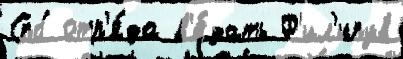
Спб отр'я́да в'е́дать Ф'ил'ипув